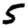
Digit: 5